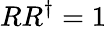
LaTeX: RR^{\dagger}=1